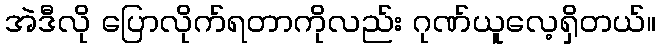
အဲဒီလို ပြောလိုက်ရတာကိုလည်း ဂုဏ်ယူလေ့ရှိတယ်။